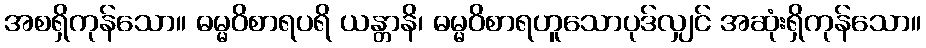
အစရှိကုန်သော။ ဓမ္မဝိစာရပရိ ယန္တာနိ၊ ဓမ္မဝိစာရဟူသောပုဒ်လျှင် အဆုံးရှိကုန်သော။